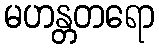
မဟန္တတရော